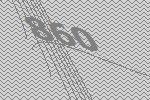
860